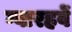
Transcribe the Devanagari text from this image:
ग्वारहवें